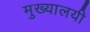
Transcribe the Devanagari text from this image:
मुख्यालयी